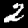
Label: 2